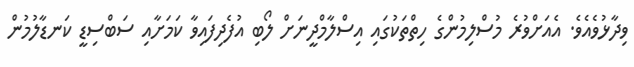
ވިދާޅުވެއެވެ. އެއަށްވުރެ މުސްލިމުންގެ ހިތްތަކުގައި އިސްލާމްދީނަށް ލޯބި އުފެދިފައިވާ ކަމަށާއި ސަބްސިޑީ ކަނޑާލުމުން